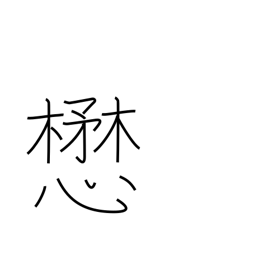
Meaning: strive